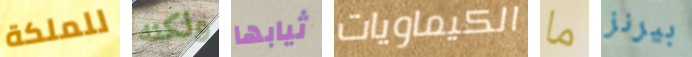
للملكة ولكنه ثيابها الكيماويات ما بيرنز